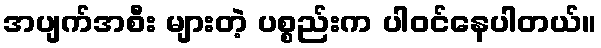
အပျက်အစီး များတဲ့ ပစ္စည်းက ပါဝင်နေပါတယ်။